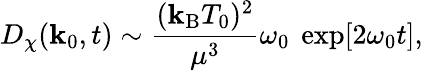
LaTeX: D_{\chi}(\mathbf{k}_{0},t)\sim{\frac{{(\mathbf{k}_{\mathrm{{B}}}T_{0})^{2}}}{{\mu^{3}}}}\omega_{0}~\exp[2\omega_{0}t],